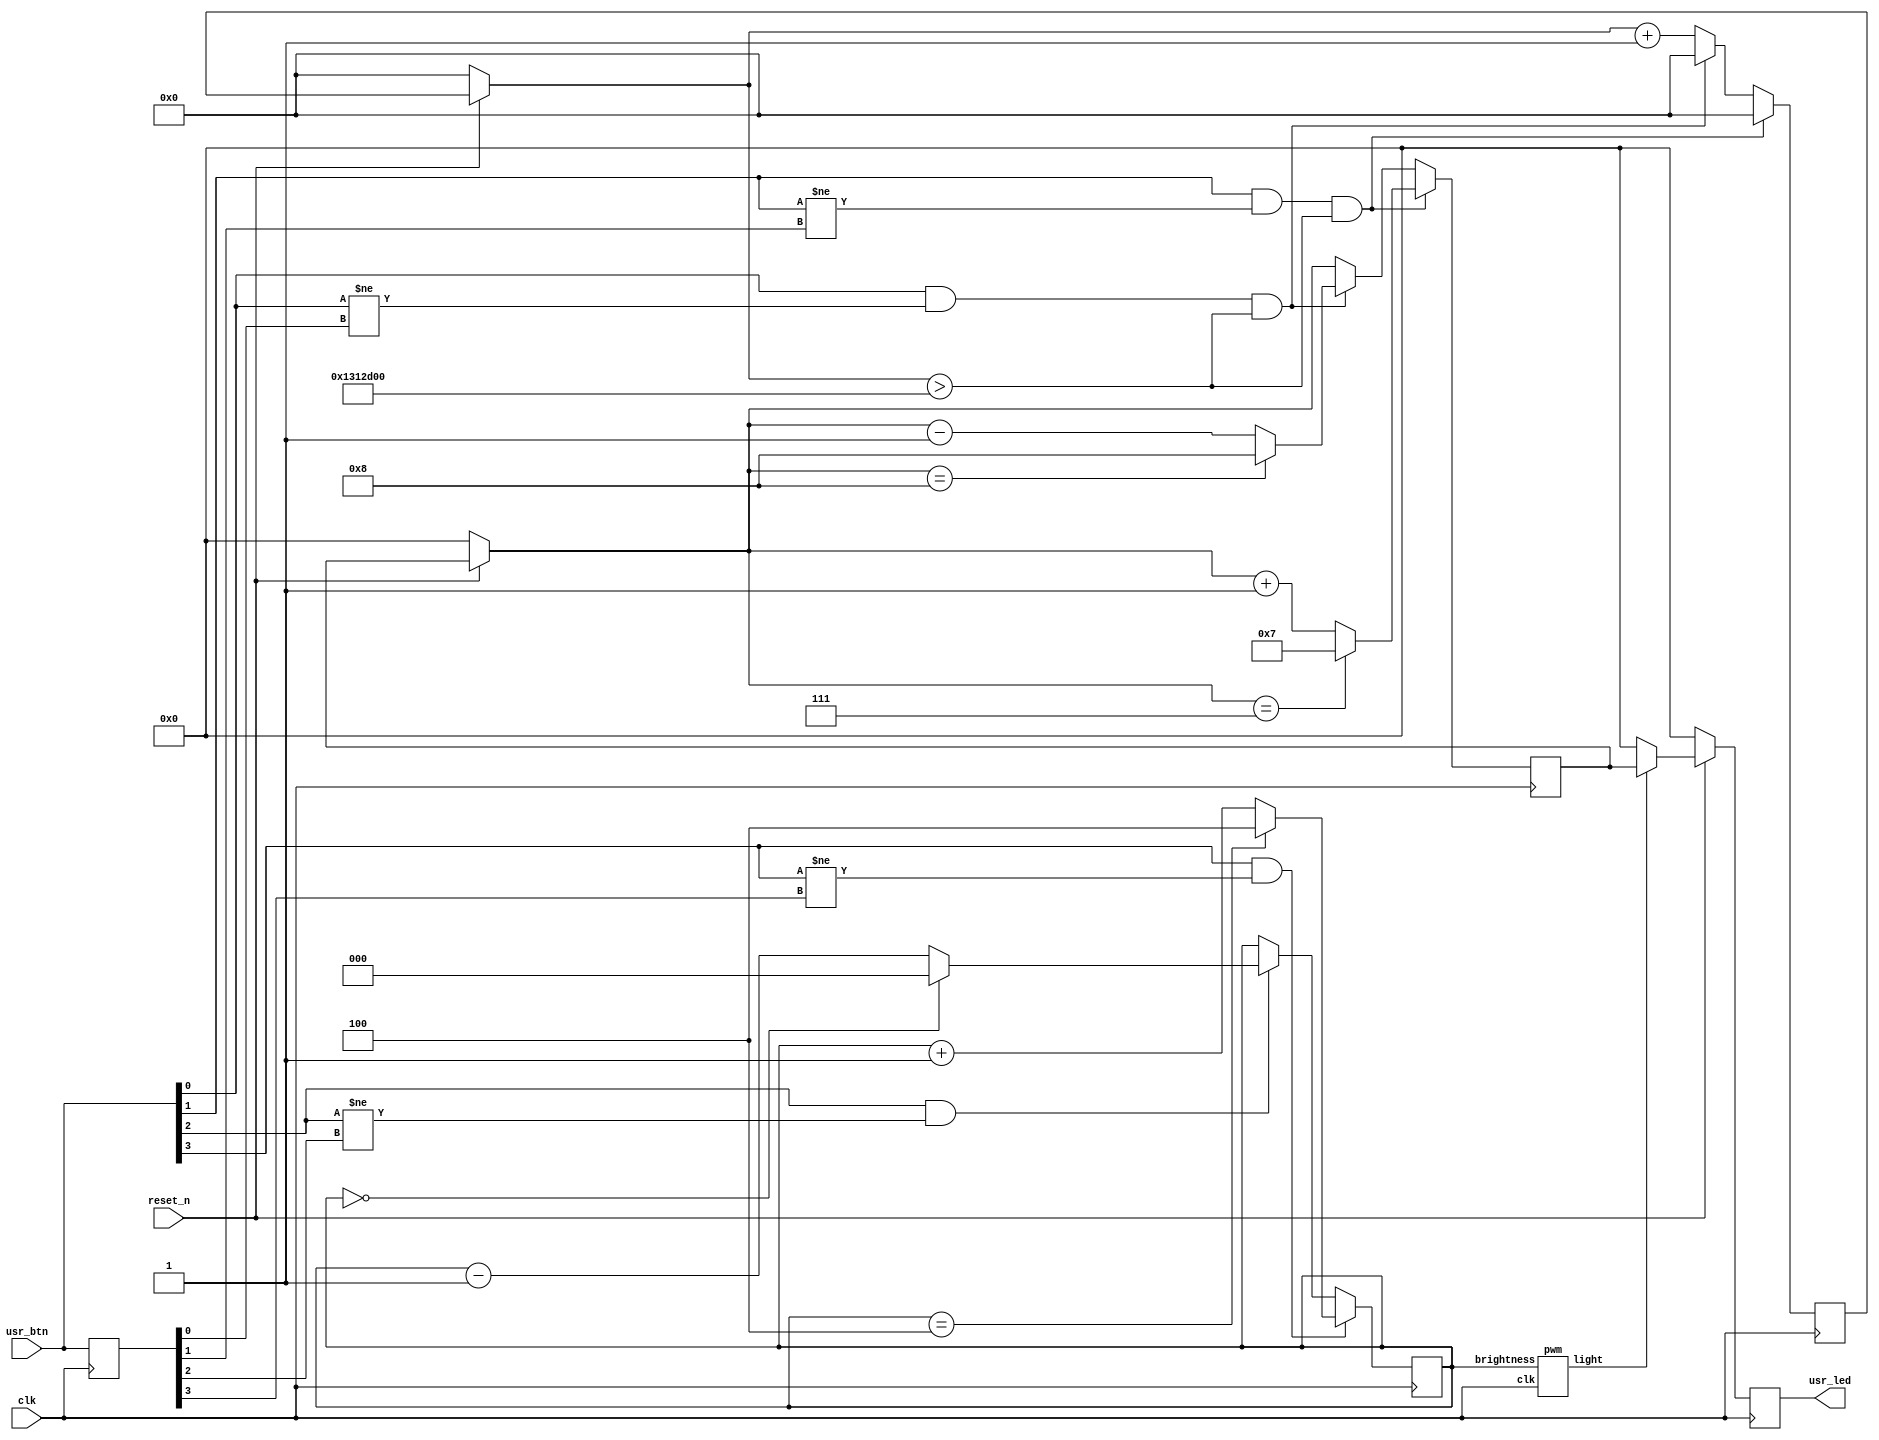
`timescale 1ns / 1ps
module lab4(
  input  clk,            // System clock at 100 MHz
  input  reset_n,        // System reset signal, in negative logic
  input  [3:0] usr_btn,  // Four user pushbuttons
  output [3:0] usr_led   // Four yellow LEDs
);

reg signed[3:0]counter=4'b0000;//p[
//wire [3:0]de;
reg [3:0]tmp;//Oe@U   HK|hJH
reg [3:0]mix;//led
reg [31:0]bounce;//[@Wjr 
reg [2:0]brightness = 3'b000;

assign usr_led = mix;


pwm bright(brightness,clk,light);

always @(posedge clk)begin
    if(light==1)begin
        mix<=counter;
    end
    else if(light==0)begin
        mix=0;
    end
    if(!reset_n)begin
        counter=4'b0000;
        mix=4'b0000;
        bounce=0;
    end
    bounce<=bounce+1;
    tmp<=usr_btn;
    if(usr_btn[0]==1'b1 && usr_btn[0]!=tmp[0] && bounce>'d20000000)begin
        bounce<=0;
        if(counter==4'b1000)begin
            counter<=4'b1000;
        end
        else begin
            counter<=counter-4'b0001;
        end
    end    
    if(usr_btn[1]==1'b1 && usr_btn[1]!=tmp[1] && bounce>'d20000000)begin
        bounce<=0;
        if(counter==4'b0111)begin
            counter<=4'b0111;
        end
        else begin
            counter<=counter+4'b0001;
        end
    end
    
    if(usr_btn[2]==1 && usr_btn[2]!=tmp[2])begin
        brightness<=brightness-3'b001;
        if(brightness==3'b000)begin
            brightness<=3'b000;
        end
    end
    
    if(usr_btn[3]==1 && usr_btn[3]!=tmp[3])begin
        brightness<=brightness+3'b001;
        if(brightness==3'b100)begin
            brightness<=3'b100;
        end
    end
    
end

endmodule


module pwm(
    input [2:0]brightness,
    input clk,
    output reg light
    );
    reg [30:0]ticks;


//1000000 bPmodeU WL@wclkNt => Vjclk(Wv)GV
always@(posedge clk)begin
    
    ticks<=ticks+1'b1;
    if(brightness==3'b000 && ticks>='d50000)begin
        light<=0;
    end
    else if(brightness==3'b001 && ticks>='d250000)begin
        light<=0;
    end
    else if(brightness==3'b010 && ticks>='d500000)begin
        light<=0;
    end
    else if(brightness==3'b011 && ticks>='d750000)begin
        light<=0;
    end
    else if(brightness==3'b100 && ticks>='d1000000)begin
        light<=0;
    end
    else begin
        light<=1;
    end    
    if(ticks>=1000000)begin
       ticks<=0;
    end
  end

    
    
endmodule